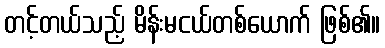
တင့်တယ်သည့် မိန်းမငယ်တစ်ယောက် ဖြစ်၏။